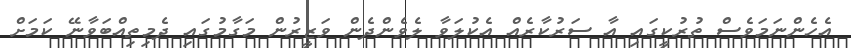
އެހެންނަމަވެސް ތުރުކީގައި އާ ސަރުކާރެއް އެކުލަވާ ލެވެންދެން ވަޒީރުން މަގާމުގައި ދެމިތިއްބަވާނޭ ކަމަށް